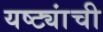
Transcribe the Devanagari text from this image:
यष्ट्यांची